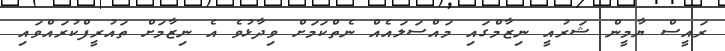
ރައީސް ޔާމީން ޝަރުއީ ނިޒާމްގައި މައްސަލައެއް ނެތްކަމަށް ވިދާޅުވެ އެ ނިޒާމަށް ތައުރީފްކުރައްވައި